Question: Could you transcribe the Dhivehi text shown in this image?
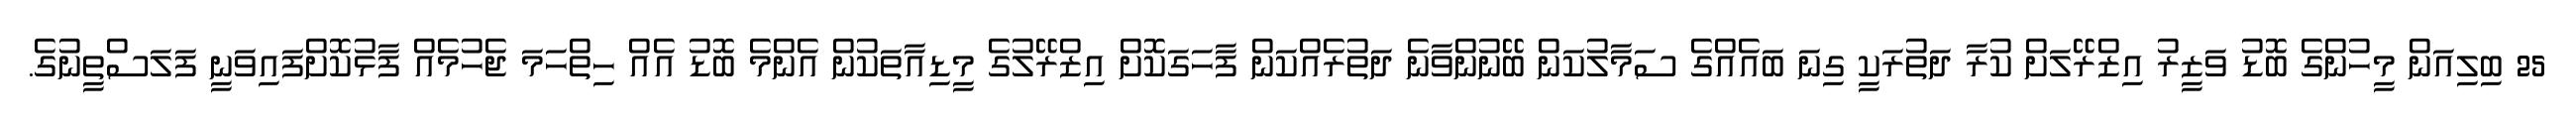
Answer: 25 ބިލިއަން މީހުންގެ ބޮޑު ވަޒީރު އިޒްރޭލަށް ކުރާ ދަތުރަކީ ގިނަ ބައެއްގެ ސަމާލުކަން ބޭނުންވާނެ ދަތުރެއްކަން ފާހަގަކޮށް އިޒްރޭލުގެ މީޑިއާތަކުން އެންމެ ބޮޑު އެއް ހިތްހަމަ ޖެހުމެއް ފާޅުކޮށްފައިވަނީ ފަލަސްތީނުގެ.